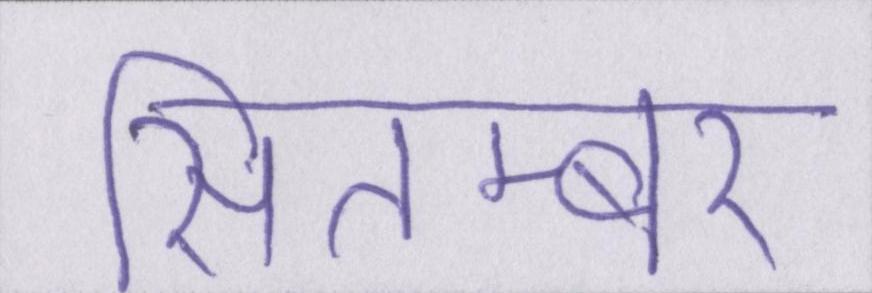
सितम्बर